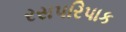
રસપરિપાક